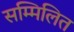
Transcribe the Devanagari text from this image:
सम्‍मिलित